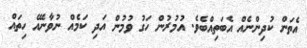
އެތަން ކުދިންނެއް އެބަތިއްބެވެ. އުމުރުން ހަގު ވުމުން އަދި ކަމެއް ނުވާނެއޭ ހިތައް